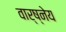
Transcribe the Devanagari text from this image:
वार्ष्नेय